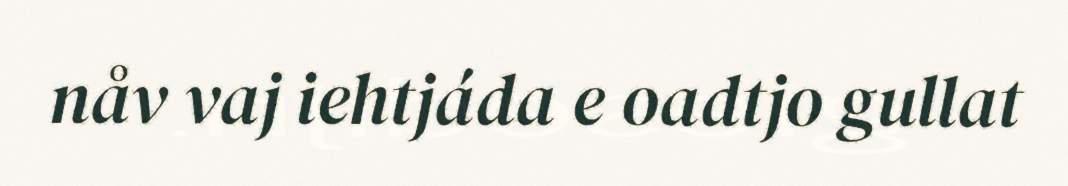
nåv vaj iehtjáda e oadtjo gullat